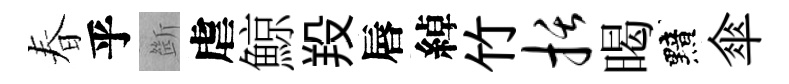
春乎㫁虐鯨羖唇綽竹括暍黯傘